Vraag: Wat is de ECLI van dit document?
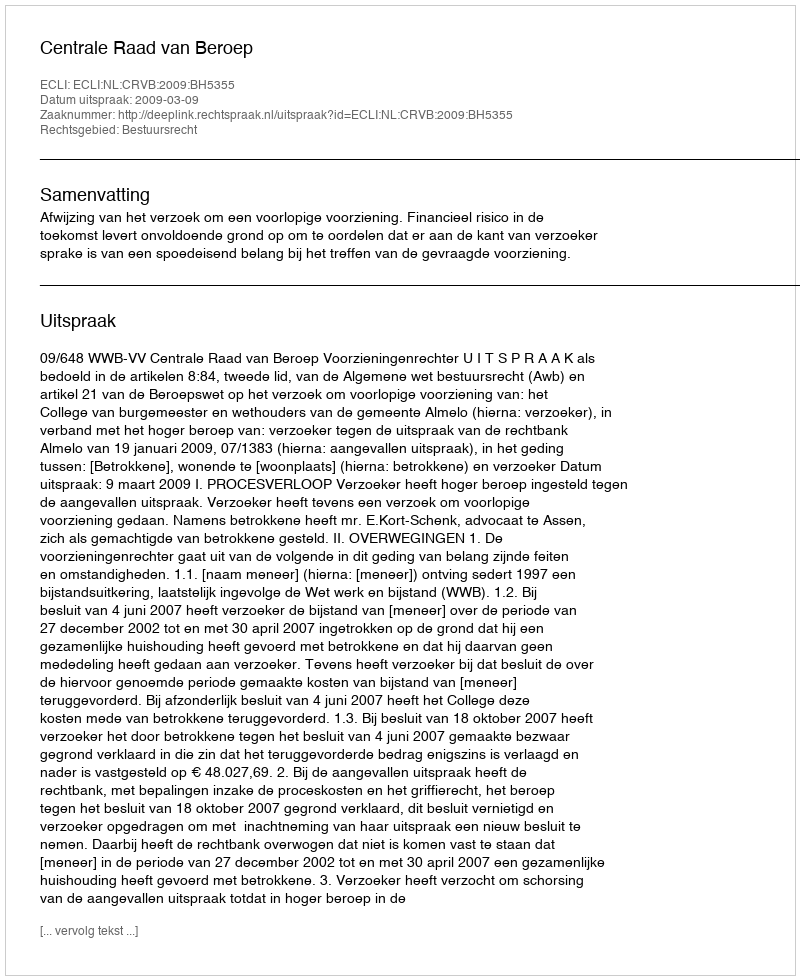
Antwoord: ECLI:NL:CRVB:2009:BH5355